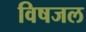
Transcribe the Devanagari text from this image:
विषजल